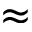
{ \approx }